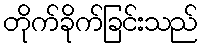
တိုက်ခိုက်ခြင်းသည်